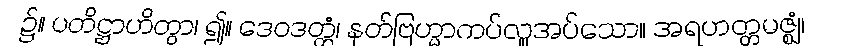
၌။ ပတိဋ္ဌာဟိတွာ၊ ၍။ ဒေဝဒတ္တံ၊ နတ်ဗြဟ္မာကပ်လှူအပ်သော။ အရဟတ္တမဇ္ဈံ၊